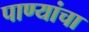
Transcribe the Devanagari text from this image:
पाण्यांचा